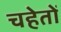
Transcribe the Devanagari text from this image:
चहेतों